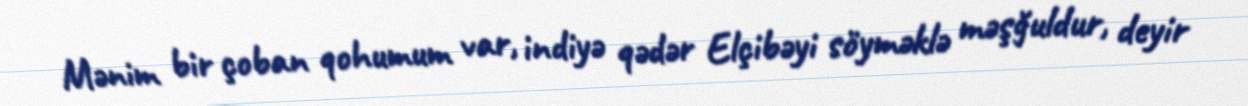
Mənim bir çoban qohumum var, indiyə qədər Elçibəyi söyməklə məşğuldur, deyir